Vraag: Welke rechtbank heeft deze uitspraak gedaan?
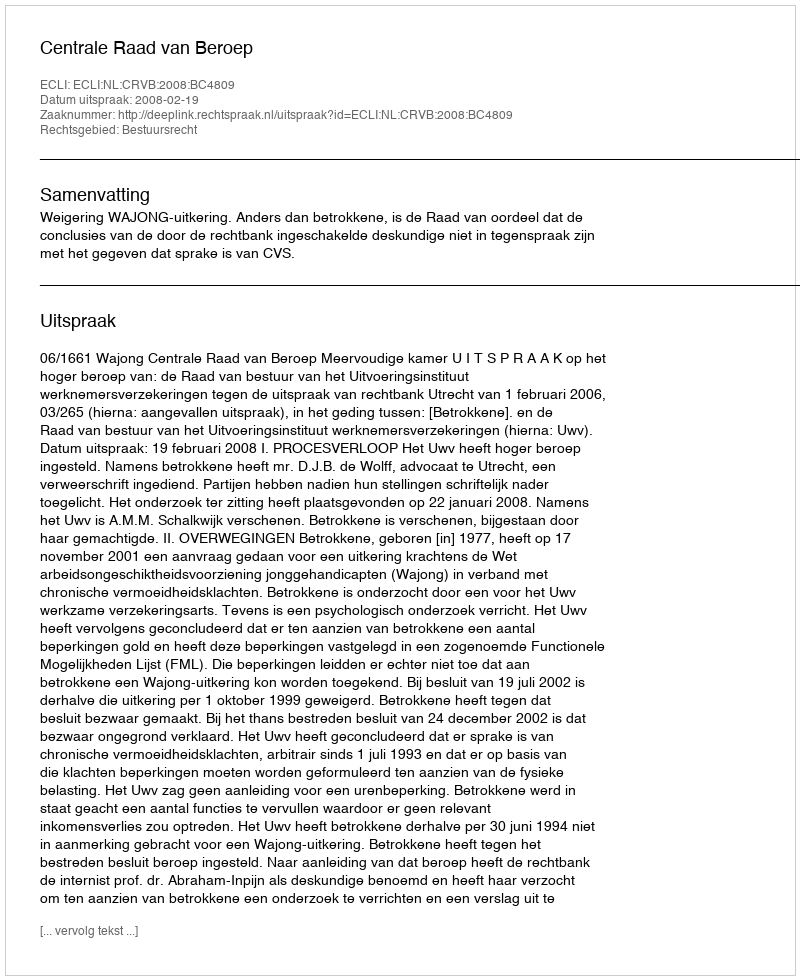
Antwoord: Centrale Raad van Beroep